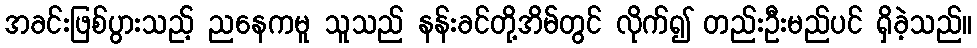
အခင်းဖြစ်ပွားသည့် ညနေကမူ သူသည် နန်းခင်တို့အိမ်တွင် လိုက်၍ တည်းဦးမည်ပင် ရှိခဲ့သည်။